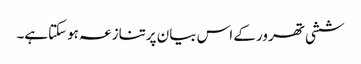
ششی تھرور کے اس بیان پرتنازعہ ہوسکتاہے۔